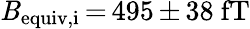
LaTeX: \mathit{B}_{\mathrm{{equiv,i}}}\, {=}\, 495\, {\pm}\, 38~\mathrm{{fT}}